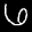
Label: 6